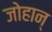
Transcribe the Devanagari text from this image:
जोहान्